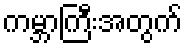
ကမ္ဘာကြီးအတွက်